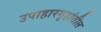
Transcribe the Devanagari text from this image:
उपाहारगृहांतील